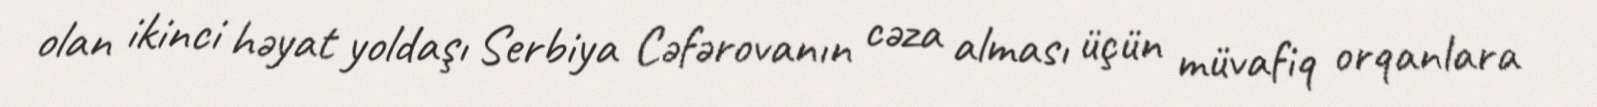
olan ikinci həyat yoldaşı Serbiya Cəfərovanın cəza alması üçün müvafiq orqanlara